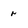
Character: r